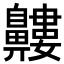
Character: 𪖹